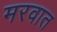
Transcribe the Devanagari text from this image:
मरवात